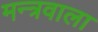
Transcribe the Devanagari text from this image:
मन्त्रवाला